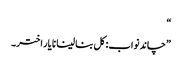
“
”چاند نواب: کل بنا لینا نا یار اختر۔